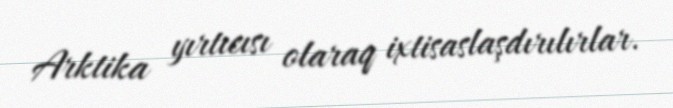
Arktika yırtıcısı olaraq ixtisaslaşdırılırlar.